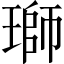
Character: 瑡